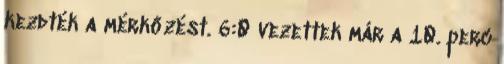
kezdték a mérkőzést. 6:0 vezettek már a 10. perc